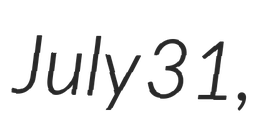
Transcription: July 31,